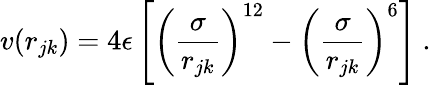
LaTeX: v(r_{jk})=4\epsilon\left[\left(\frac{\sigma}{r_{jk}}\right)^{12}-\left(\frac{\sigma}{r_{jk}}\right)^{6}\right]~.